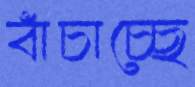
বাঁচাচ্ছে